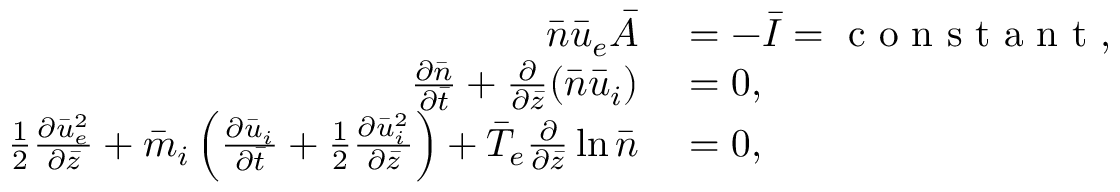
\begin{array} { r l } { \bar { n } \bar { u } _ { e } \bar { A } } & { { } = - \bar { I } = \mathrm { ~ c ~ o ~ n ~ s ~ t ~ a ~ n ~ t ~ } , } \\ { \frac { \partial \bar { n } } { \partial \bar { t } } + \frac { \partial } { \partial \bar { z } } ( \bar { n } \bar { u } _ { i } ) } & { { } = 0 , } \\ { \frac { 1 } { 2 } \frac { \partial \bar { u } _ { e } ^ { 2 } } { \partial \bar { z } } + \bar { m } _ { i } \left( \frac { \partial \bar { u } _ { i } } { \partial \bar { t } } + \frac { 1 } { 2 } \frac { \partial \bar { u } _ { i } ^ { 2 } } { \partial \bar { z } } \right) + \bar { T } _ { e } \frac { \partial } { \partial \bar { z } } \ln \bar { n } } & { { } = 0 , } \end{array}